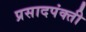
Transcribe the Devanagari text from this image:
प्रसादपंक्ती